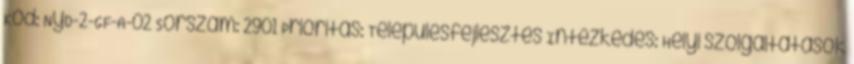
Kód: NyD-2-GF-A-02 Sorszám: 2901 Prioritás: Településfejlesztés Intézkedés: Helyi szolgáltatások